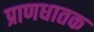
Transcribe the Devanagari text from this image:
प्राणधातक